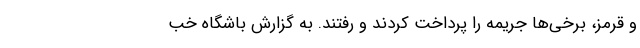
و قرمز، برخی‌ها جریمه را پرداخت کردند و رفتند. به گزارش باشگاه خب